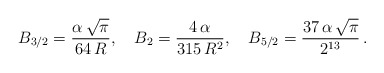
\begin{align*} B_{3/2}=\frac{\alpha\,\sqrt \pi}{64\,R},\quad B_{2}=\frac{4\,\alpha}{315\,R^2},\quad B_{5/2}=\frac{37\,\alpha\,\sqrt \pi}{2^{13}}\,{.}\end{align*}